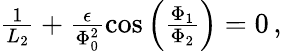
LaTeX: \begin{array}{r}{\frac{1}{L_{2}}+\frac{\epsilon}{\Phi_{0}^{2}}\cos\left(\frac{\Phi_{1}}{\Phi_{2}}\right)=0\, ,}\end{array}